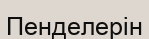
Пенделерін